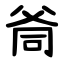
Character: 㸗